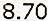
8.70